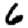
Digit: 6